Civil Veterinary Department. United Provinces 1912-22 - 1912-1922
Year: 1912
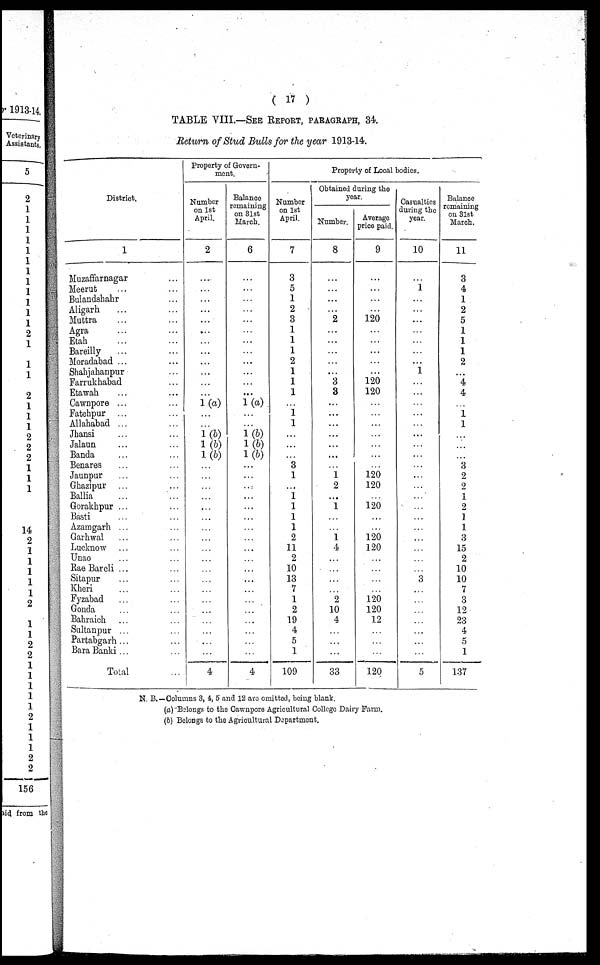
(17)
TABLE VIII.—SEE REPORT, PARAGRAPH, 34.
Return of Stud Bulls for the year 1913-14.
District.
1
Muzaffarnagar ...
Meerut ... ...
Bulandshahr ...
Aligarh ... ...
Muttra ... ...
Agra ... ...
Etah ... ...
Bareilly ... ...
Moradabad ... ...
Shahjahanpur ...
Farrukhabad ...
Etawah ... ...
Cawnpore ... ...
Fatehpur ... ...
Allahabad ... ...
Jhansi ... ...
Jalaun ... ...
Banda ... ...
Benares ... ...
Jaunpur ... ...
Ghazipur ... ...
Ballia ... ...
Gorakhpur ... ...
Basti ... ...
Azamgarh ... ...
Garhwal ... ...
Lucknow ... ...
Unao ... ...
Rae Bareli ... ...
Sitapur ... ...
Kheri ... ...
Fyzabad
Gonda ... ...
Bahraich ... ...
Sultanpur ... ...
Partabgarh ... ...
Bara Banki ... ...
Total ...
Property of Govern-
ment.
Number
on 1st
April.
2
...
...
...
...
...
...
...
...
...
...
...
...
1(a)
...
...
1(b)
1 (b)
1 (b)
...
...
...
...
...
...
...
...
...
...
...
...
...
...
...
...
...
...
...
4
Balance
remaining
on 31st
March.
6
...
...
...
...
...
...
...
...
...
...
...
...
1 (a)
...
...
1(b)
1 (b)
1 (b)
...
...
...
...
...
...
...
...
...
...
...
...
...
...
...
...
...
...
...
4
Property of Local bodies.
Number
on 1st
April.
7
3
5
1
2
3
1
1
1
2
1
1
1
...
1
1
...
...
...
3
1
...
1
1
1
1
2
11
2
10
13
7
1
2
19
4
5
1
109
Obtained d
yea
uring the
r.
8
...
...
...
...
2
...
...
...
...
...
3
3
...
...
...
...
...
...
...
1
2
...
1
...
...
1
4
...
...
...
...
2
10
4
...
...
...
33
9
...
...
...
...
120
...
...
...
...
...
120
120
...
...
...
...
...
...
...
120
120
...
120
...
...
120
120
...
...
...
...
120
120
12
...
...
...
120
Casualties
during the
year.
10
...
1
...
...
...
...
...
...
...
1
...
...
...
...
...
...
...
...
...
...
...
...
...
...
...
...
...
...
...
3
...
...
...
...
...
...
...
5
Balance
remaining
on 31st
March.
11
3
4
1
2
5
1
1
1
2
...
4
4
...
1
1
...
...
...
3
2
2
1
2
1
1
3
15
2
10
10
7
3
12
23
4
5
1
137
N. B.—Columns 3, 4, 5 and 12 are omitted, being blank.
(a) Belongs to the Cawnpore Agricultural College Dairy Farm.
(b) Belongs to the Agricultural Department.